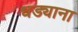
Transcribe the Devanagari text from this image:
धड्याना